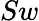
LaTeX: Sw